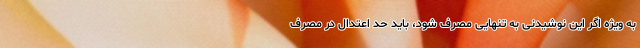
به ویژه اگر این نوشیدنی به تنهایی مصرف شود، باید حد اعتدال در مصرف